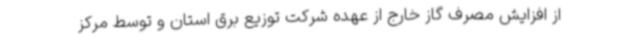
از افزایش مصرف گاز خارج از عهده شرکت توزیع برق استان و توسط مرکز